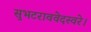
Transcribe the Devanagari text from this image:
सुभटराववेदस्वरे।